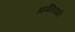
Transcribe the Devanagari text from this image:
आर्मेनियाकी